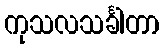
ကုသလသင်္ခါတာ